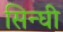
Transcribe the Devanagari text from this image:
सिन्घी